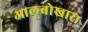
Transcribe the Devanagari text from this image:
आलूबोखारा